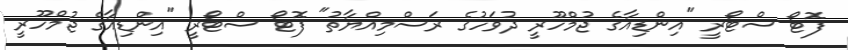
ފޮޓޯ ސްޓޯރީ "އިންޑިއާގެ ޖުމްހޫރީ ދުވަހުގެ ރަސްމިއްޔާތު" ފޮޓޯ ސްޓޯރީ "އިންޑިއާގެ ޖުމްހޫރީ